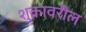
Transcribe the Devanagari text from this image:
शुक्रावरील